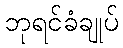
ဘုရင်ခံချုပ်